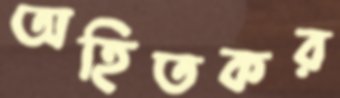
অহিতকর